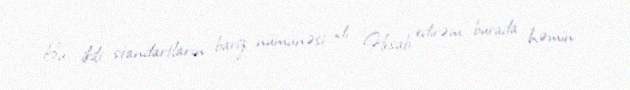
Bu, ikili standartların bariz nümunəsi idi. Hesab edirəm burada həmin